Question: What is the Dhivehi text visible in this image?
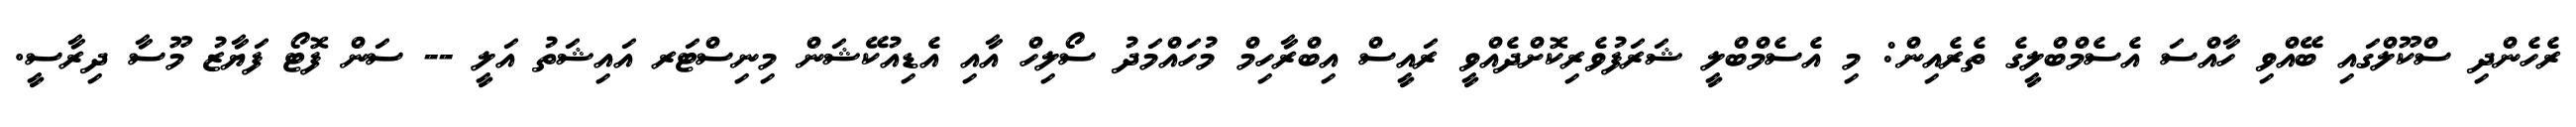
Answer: ރެހެންދި ސްކޫލްގައި ބޭއްވި ހާއްސަ އެސެމްބްލީގެ ތެރެއިން: މި އެސެމްބްލީ ޝަރަފުވެރިކޮށްދެއްވީ ރައީސް އިބްރާހިމް މުހައްމަދު ސޯލިހް އާއި އެޑިއުކޭޝަން މިނިސްޓަރ އައިޝަތު އަލީ -- ސަން ފޮޓޯ ފަޔާޒު މޫސާ ދިރާސީ.